Civil Veterinary Dept. Assam report 1911-1927 - 1911-1927
Year: 1911
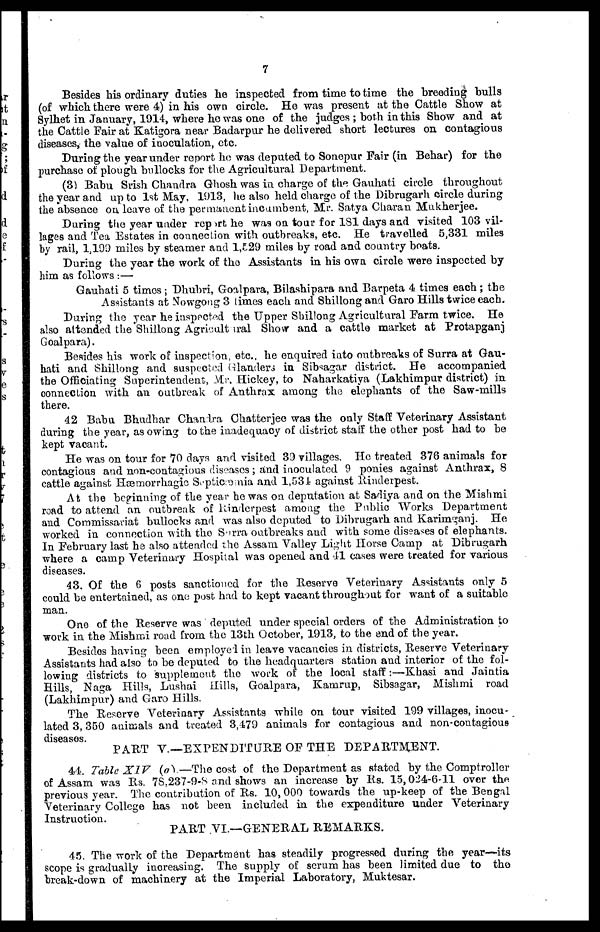
7
Besides his ordinary duties he inspected from time to time the breeding bulls
(of which there were 4) in his own circle. He was present at the Cattle Show at
Sylhet in January, 1914, where he was one of the judges ; both in this Show and at
the Cattle Fair at Katigora near Badarpur he delivered short lectures on contagious
diseases, the value of inoculation, etc.
During the year under report he was deputed to Sonepur Fair (in Behar) for the
purchase of plough bullocks for the Agricultural Department.
(3) Babu Srish Chandra Ghosh was in charge of the Gauhati circle throughout
the year and up to 1st May, 1913, he also held charge of the Dibrugarh circle during
the absence on leave of the permanent incumbent, Mr. Satya Charan Mukherjee.
During the year under report he was on tour for 1S1 days and visited 103 vil-
lages and Tea Estates in connection with outbreaks, etc. He travelled 5,331 miles
by rail, 1,199 miles by steamer and 1,529 miles by road and country boats.
During the year the work of the Assistants in his own circle were inspected by
him as follows :—
Gauhati 5 times; Dhubri, Goalpara, Bilashipara and Barpeta 4 times each; the
Assistants at Nowgong 3 times each and Shillong and Garo Hills twice each.
During the year he insppcted the Upper Shillong Agricultural Farm twice. He
also attended the Shillong Agricultural Show and a cattle market at Protapganj
Goalpara).
Besides his work of inspection, etc., he enquired into outbreaks of Surra at Gau-
hati and Shillong and suspected Glanders in Sibsagar district. He accompanied
the Officiating Superintendent, Mr. Hickey, to Naharkatiya (Lakhimpur district) in
connection with an outbreak of Anthrax among the elephants of the Saw-mills
there.
42 Babu Bhudhar Chandra Chatterjee was the only Staff Veterinary Assistant
during the year, as owing to the inadequacy of district staff the other post had to be
kept vacant.
He was on tour for 70 days and visited 39 villages. He treated 376 animals for
contagious and non-contagions diseases; and inoculated 9 ponies against Anthrax, 8
cattle against Hæmorrhagic Septicæmia and 1,531 against Rinderpest.
At the beginning of the year he was on deputation at Sadiya and on the Mishmi
road to attend an outbreak of Rinderpest among the Public Works Department
and Commissariat bullocks and was also deputed to Dibrugarh and Karimganj. He
worked in connection with the Sirra outbreaks and with some diseases of elephants.
In February last he also attended the Assam Valley Light Horse Camp at Dibrugarh
where a camp Veterinary Hospital was opened and 41 cases were treated for various
diseases.
43. Of the 6 posts sanctioned for the Reserve Veterinary Assistants only 5
could be entertained, as one post had to kept vacant throughout for want of a suitable
man.
One of the Reserve was deputed under special orders of the Administration to
work in the Mishmi road from the 13th October, 1913, to the end of the year.
Besides having been employed in leave vacancies in districts, Reserve Veterinary
Assistants had also to be deputed to the headquarters station and interior of the fol-
lowing districts to supplement the work of the local staff:—Khasi and Jaintia
Hills, Naga Hills, Lushai Hills, Goalpara, Kamrup, Sibsagar, Mishmi road
(Lakhimpur) and Garo Hills.
The Reserve Veterinary Assistants while on tour visited 199 villages, inocu-
lated 3,350 animals and treated 3,479 animals for contagions and non-contagious
diseases.
PART V.—EXPENDITURE OF THE DEPARTMENT.
44. Table XIV (a) —The cost of the Department as stated by the Comptroller
of Assam was Rs. 78,237-9-8 and shows an increase by Rs. 15,024-6-11 over the
previous year. The contribution of Rs. 10,000 towards the up-keep of the Bengal
Veterinary College has not been included in the expenditure under Veterinary
Instruction.
PART VI.—GENERAL REMARKS.
45. The work of the Department has steadily progressed during the year—-its
scope is gradually increasing. The supply of serum has been limited due to the
break-down of machinery at the Imperial Laboratory, Muktesar.